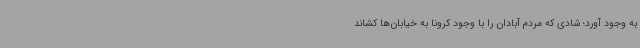
به وجود آورد؛ شادی که مردم آبادان را با وجود کرونا به خیابان‌ها کشاند